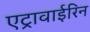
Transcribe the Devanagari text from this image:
एट्रावाईरिन